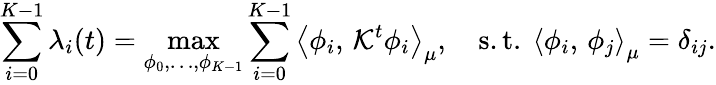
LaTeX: \sum_{i=0}^{K-1}\lambda_{i}(t)=\operatorname*{max}_{\phi_{0},\ldots,\phi_{K-1}}\sum_{i=0}^{K-1}\left\langle\phi_{i},\, \mathcal{K}^{t}\phi_{i}\right\rangle_{\mu},\quad\mathrm{s.t.~}\left\langle\phi_{i},\, \phi_{j}\right\rangle_{\mu}=\delta_{ij}.